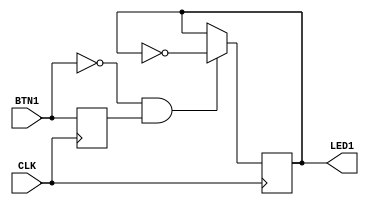
module top (
    input CLK,
    input BTN1,
    output LED1
);

reg r_LED1 = 1'b0;
reg r_BTN1 = 1'b0;

always @(posedge CLK) begin
    r_BTN1 <= BTN1;

    if (BTN1 == 1'b0 && r_BTN1 == 1'b1)
    begin
        r_LED1 <= ~r_LED1;
    end
end

    assign LED1 = r_LED1;

endmodule